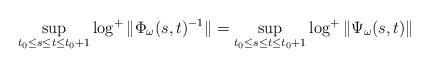
LaTeX: \begin{align*}\sup \limits_{t_0 \leq s \leq t \leq t_0+ 1} \log^+ \|\Phi_\omega(s,t)^{-1}\| = \sup\limits_{t_0 \leq s \leq t \leq t_0+1} \log^+ \|\Psi_\omega(s,t)\|\end{align*}